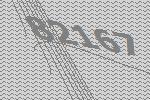
82167